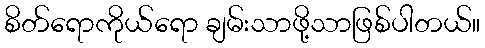
စိတ်ရောကိုယ်ရော ချမ်းသာဖို့သာဖြစ်ပါတယ်။